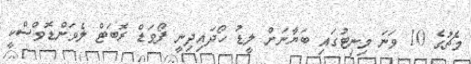
މެޗުގެ 10 ވަނަ މިނިޓުގައި ބަޔާނަށް ލީޑު ހޯދައިދިނީ ފޯވަޑް ރޮބަޓް ލެވަންޑޮވްސްކީ